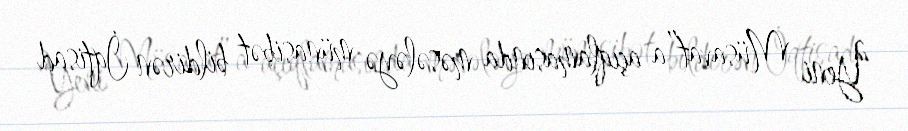
“Yeni Müsavat”a açıqlamasında məsələyə münasibət bildirən İqtisad